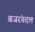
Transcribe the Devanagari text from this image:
बजरंगदल